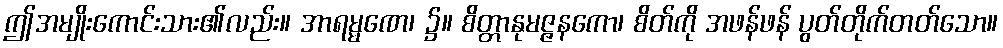
ဤအမျိုးကောင်းသား၏လည်း။ အာရမ္မဏေ၊ ၌။ စိတ္တာနုမဇ္ဇနကော၊ စိတ်ကို အဖန်ဖန် ပွတ်တိုက်တတ်သော။